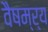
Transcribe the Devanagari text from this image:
वैषम्र्य